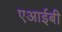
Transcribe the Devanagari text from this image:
एआईबी